Report of the Imperial Institute of Veterinary Research, Muktesar
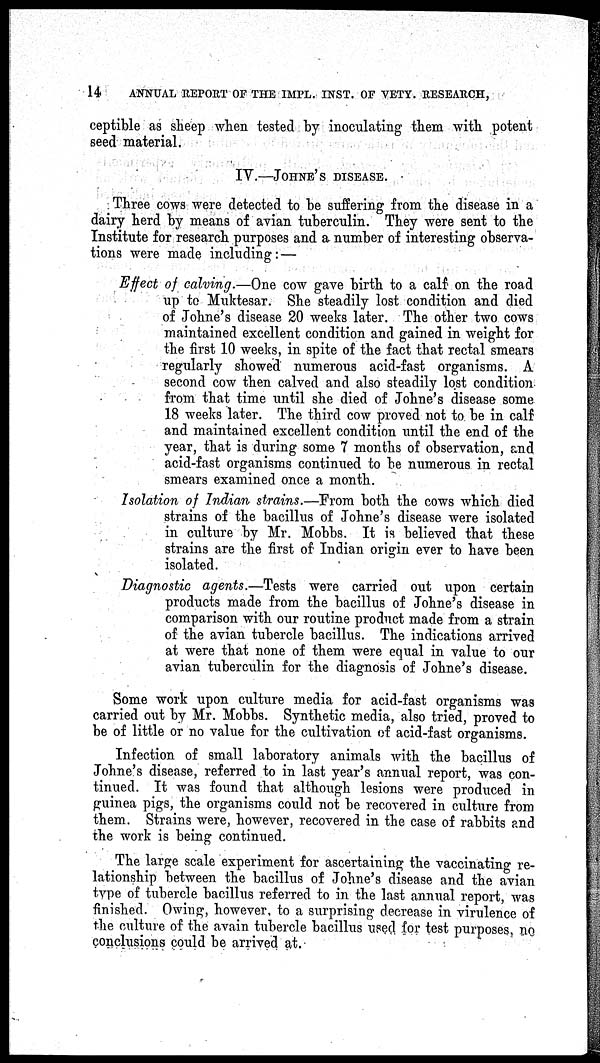
14 ANNUAL REPORT OF THE IMPL. INST. OF VETY. RESEARCH,
ceptible as sheep when tested by inoculating them with potent
seed material.
IV.—JOHNE'S DISEASE.
Three cows were detected to be suffering from the disease in a
dairy herd by means of avian tuberculin. They were sent to the
Institute for research purposes and a number of interesting observa-
tions were made including:—
Effect of calving.—One cow gave birth to a calf on the road
up to Muktesar. She steadily lost condition and died
of Johne's disease 20 weeks later. The other two cows
maintained excellent condition and gained in weight for
the first 10 weeks, in spite of the fact that rectal smears
regularly showed numerous acid-fast organisms. A
second cow then calved and also steadily lost condition
from that time until she died of Johne's disease some
18 weeks later. The third cow proved not to be in calf
and maintained excellent condition until the end of the
year, that is during some 7 months of observation, and
acid-fast organisms continued to be numerous in rectal
smears examined once a month.
Isolation of Indian strains.—From both the cows which died
strains of the bacillus of Johne's disease were isolated
in culture by Mr. Mobbs. It is believed that these
strains are the first of Indian origin ever to have been
isolated.
Diagnostic agents.—Tests were carried out upon certain
products made from the bacillus of Johne's disease in
comparison with our routine product made from a strain
of the avian tubercle bacillus. The indications arrived
at were that none of them were equal in value to our
avian tuberculin for the diagnosis of Johne's disease.
Some work upon culture media for acid-fast organisms was
carried out by Mr. Mobbs. Synthetic media, also tried, proved to
be of little or no value for the cultivation of acid-fast organisms.
Infection of small laboratory animals with the bacillus of
Johne's disease, referred to in last year's annual report, was con-
tinued. It was found that although lesions were produced in
guinea pigs, the organisms could not be recovered in culture from
them. Strains were, however, recovered in the case of rabbits and
the work is being continued.
The large scale experiment for ascertaining the vaccinating re-
lationship between the bacillus of Johne's disease and the avian
type of tubercle bacillus referred to in the last annual report, was
finished. Owing, however, to a surprising decrease in virulence of
the culture of the avain tubercle bacillus used for test purposes, no
conclusions could be arrived at.